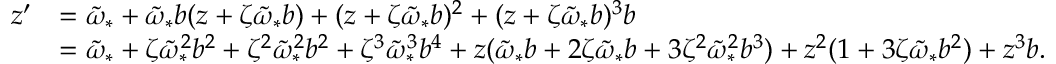
\begin{array} { r l } { z ^ { \prime } } & { = \tilde { \omega } _ { * } + \tilde { \omega } _ { * } b ( z + \zeta \tilde { \omega } _ { * } b ) + ( z + \zeta \tilde { \omega } _ { * } b ) ^ { 2 } + ( z + \zeta \tilde { \omega } _ { * } b ) ^ { 3 } b } \\ & { = \tilde { \omega } _ { * } + \zeta \tilde { \omega } _ { * } ^ { 2 } b ^ { 2 } + \zeta ^ { 2 } \tilde { \omega } _ { * } ^ { 2 } b ^ { 2 } + \zeta ^ { 3 } \tilde { \omega } _ { * } ^ { 3 } b ^ { 4 } + z ( \tilde { \omega } _ { * } b + 2 \zeta \tilde { \omega } _ { * } b + 3 \zeta ^ { 2 } \tilde { \omega } _ { * } ^ { 2 } b ^ { 3 } ) + z ^ { 2 } ( 1 + 3 \zeta \tilde { \omega } _ { * } b ^ { 2 } ) + z ^ { 3 } b . } \end{array}